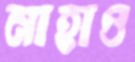
নাহাও